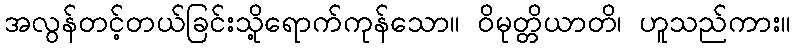
အလွန်တင့်တယ်ခြင်းသို့ရောက်ကုန်သော။ ဝိမုတ္တိယာတိ၊ ဟူသည်ကား။